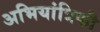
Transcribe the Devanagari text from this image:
अभियांत्रिकी